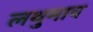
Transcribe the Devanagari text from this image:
लथुमाव